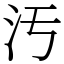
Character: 汚